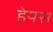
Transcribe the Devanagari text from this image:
हेयस